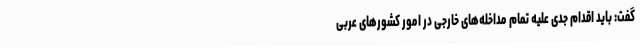
گفت: باید اقدام جدی علیه تمام مداخله‌های خارجی در امور کشورهای عربی